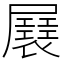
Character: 㞡